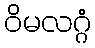
ဝိမလဂ္ဂံ